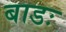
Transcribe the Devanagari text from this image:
बाडः